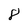
Character: 8